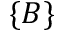
\{ B \}